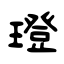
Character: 璒